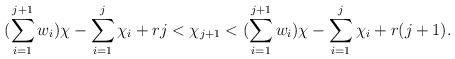
LaTeX: \begin{align*} (\sum\limits_{i=1}^{j+1}w_i)\chi - \sum\limits_{i=1}^{j}\chi_i + rj < \chi_{j+1} < (\sum\limits_{i=1}^{j+1}w_i)\chi - \sum\limits_{i=1}^{j}\chi_i + r(j+1). \end{align*}